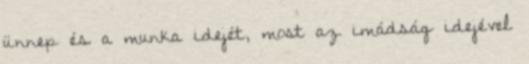
ünnep és a munka idejét, most az imádság idejével